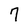
Character: 7